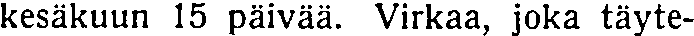
kesäkuun 15 päivää. Virkaa, joka täyte-